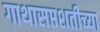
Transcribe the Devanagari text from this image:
गाथासप्तशतीच्या